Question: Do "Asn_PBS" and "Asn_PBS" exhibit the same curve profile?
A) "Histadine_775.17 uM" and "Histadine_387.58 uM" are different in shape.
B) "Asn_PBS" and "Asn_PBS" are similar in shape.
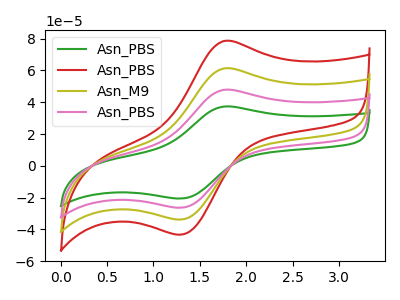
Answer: <think>The green curve "Asn_PBS" has an anodic peak at (1.75V, 37.30uA) and a cathodic peak at (1.30V, -20.55uA). The red curve "Asn_PBS" has an anodic peak at (1.75V, 143.40uA) and a cathodic peak at (1.30V, -79.05uA). The olive curve "Asn_M9" has an anodic peak at (1.75V, 95.60uA) and a cathodic peak at (1.30V, -52.70uA). The pink curve "Asn_PBS" has an anodic peak at (1.75V, 47.80uA) and a cathodic peak at (1.30V, -26.35uA).
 All the peaks in "Asn_PBS" have a peak in "Asn_PBS" at the same potential. Every peak in "Asn_PBS" is lower than every peak in "Asn_PBS".</think>
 <answer>B) "Asn_PBS" and "Asn_PBS" are similar in shape.</answer>
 <eval>B</eval>